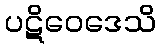
ပဋိဝေဒေသိ